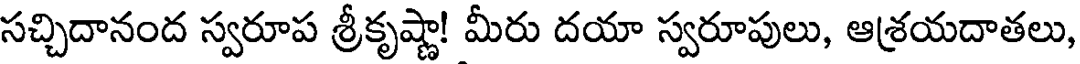
సచ్చిదానంద స్వరూప శ్రీకృష్ణా! మీరు దయా స్వరూపులు, ఆశ్రయదాతలు,